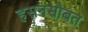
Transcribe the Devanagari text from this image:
हसनसोबत